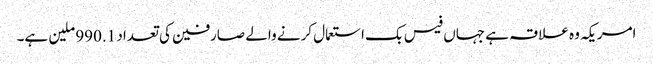
امریکہ وہ علاقہ ہے جہاں فیس بک استعمال کرنے والے صارفین کی تعداد 990.1 ملین ہے۔